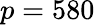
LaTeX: p=580